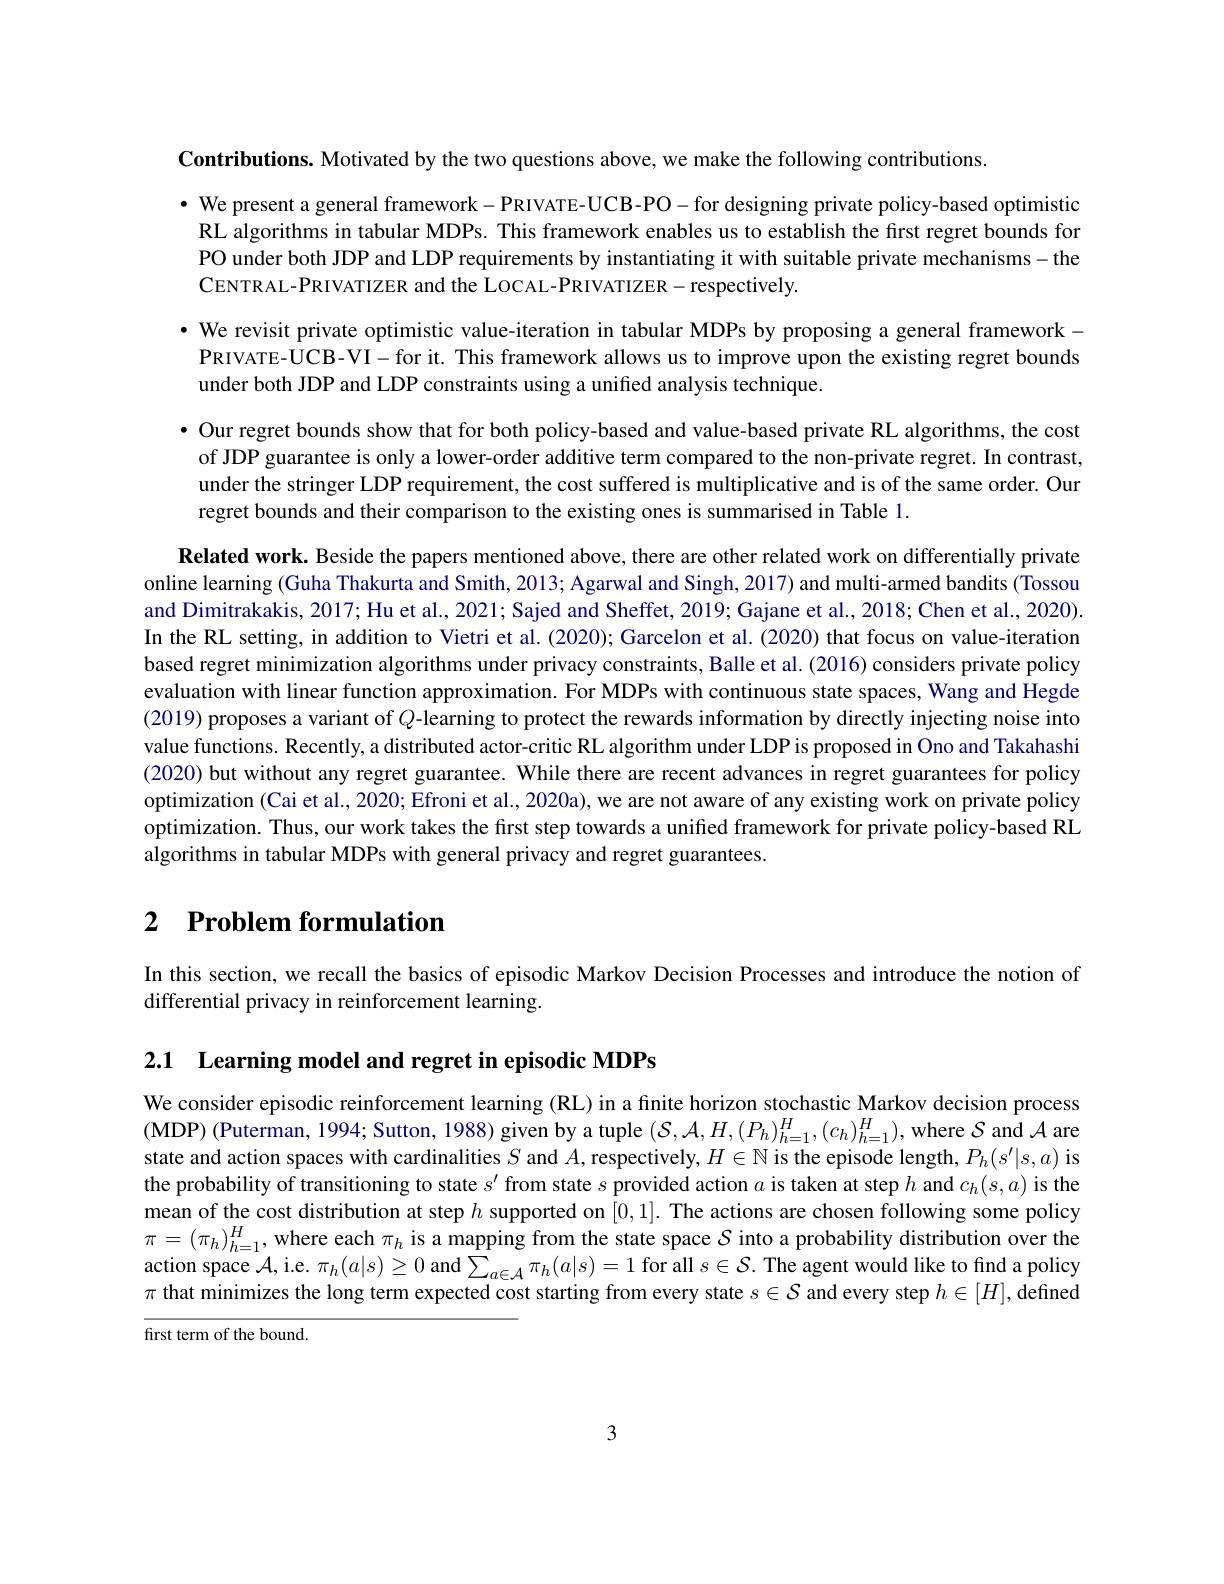
Contributions. Motivated by the two questions above, we make the following contributions

· We present a general framework - PRIVATE- UCB- PO - for designing private policy-based optimistic
RL algorithms in tabular MDPs. This framework enables us to establish the first regret bounds for PO under both JDP and LDP requirements by instantiating it with suitable private mechanisms-the CENTRAL- PRIVATIZER and the LOCAL- PRIVATIZER- respectively.

· We revisit private optimistic value-iteration in tabular MDPs by proposing a general framework - $\mathbf{PRIVATE-UCB-VI-for~it.~This~framework~allows~us~to~improve~upon~the~existing~regret~bounds}$ under both JDP and LDP constraints using a unified analysis technique

· Our regret bounds show that for both policy-based and value-based private RL algorithms, the cost of JDP guarantee is only a lower-order additive term compared to the non-private regret. In contrast under the stringer LDP requirement, the cost suffered is multiplicative and is of the same order. Our regret bounds and their comparison to the existing ones is summarised in Table 1.

Related work. Beside the papers mentioned above, there are other related work on differentially private online learning (Guha Thakurta and Smith, 2013; Agarwal and Singh, 2017) and multi-armed bandits (Tossou and Dimitrakakis, 2017; Hu et al., 2021; Sajed and Sheffet, 2019; Gajane et al., 2018; Chen et al., 2020). In the RL setting, in addition to Vietri et al. (2020); Garcelon et al. (2020) that focus on value-iteration based regret minimization algorithms under privacy constraints, Balle et al. (2016) considers private policy evaluation with linear function approximation. For MDPs with continuous state spaces, Wang and Hegde (2019) proposes a variant of $Q$-learning to protect the rewards information by directly injecting noise into value functions. Recently, a distributed actor-critic RL algorithm under LDP is proposed in Ono and Takahashi (2020) but without any regret guarantee. While there are recent advances in regret guarantees for policy optimization (Cai et al., 2020; Efroni et al., 2020a), we are not aware of any existing work on private policy optimization. Thus, our work takes the first step towards a unified framework for private policy-based RL algorithms in tabular MDPs with general privacy and regret guarantees

# 2 $\textbf{Problem formulation}$

In this section, we recall the basics of episodic Markov Decision Processes and introduce the notion of
differential privacy in reinforcement learning.

2.1 Learning model and regret in episodic MDPs

We consider episodic reinforcement learning (RL) in a finite horizon stochastic Markov decision process (MDP) (Puterman, 1994; Sutton, 1988) given by a tuple $(\mathcal{S},\mathcal{A},H,(P_h)_{h=1}^H,(c_h)_{h=1}^H)$, where $\mathcal{S}$ and $\mathcal{A}$ are state and action spaces with cardinalities $S$ and $A$, respectively, $H\in\mathbb{N}$ is the episode length, $P_h(s^{\prime}|s,a)$ is the probability of transitioning to state $s^\prime$ from state $s$ provided action $a$ is taken at step $h$ and $c_h(s,a)$ is the mean of the cost distribution at step $h$ supported on [0,1]. The actions are chosen following some policy $\pi=(\pi_h)_{h=1}^H$, where each $\pi_h$ is a mapping from the state space $S$ into a probability distribution over the action space $\mathcal{A}$,i.e. $\pi_h(a|s)\geq0$ and $\sum_{a\in\mathcal{A}}\pi_h(a|s)=1$ for all $s\in\mathcal{S}.$ The agent would like to find a policy $\pi$ that minimizes the long term expected cost starting from every state $s\in\mathcal{S}$ and every step $h\in[H]$,defined

first term of the bound.

3